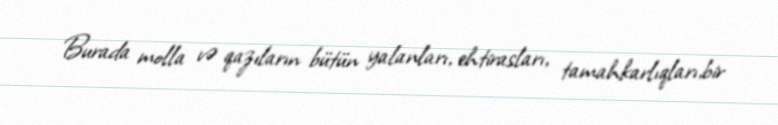
Burada molla və qazıların bütün yalanları, ehtirasları, tamahkarlıqları,bir